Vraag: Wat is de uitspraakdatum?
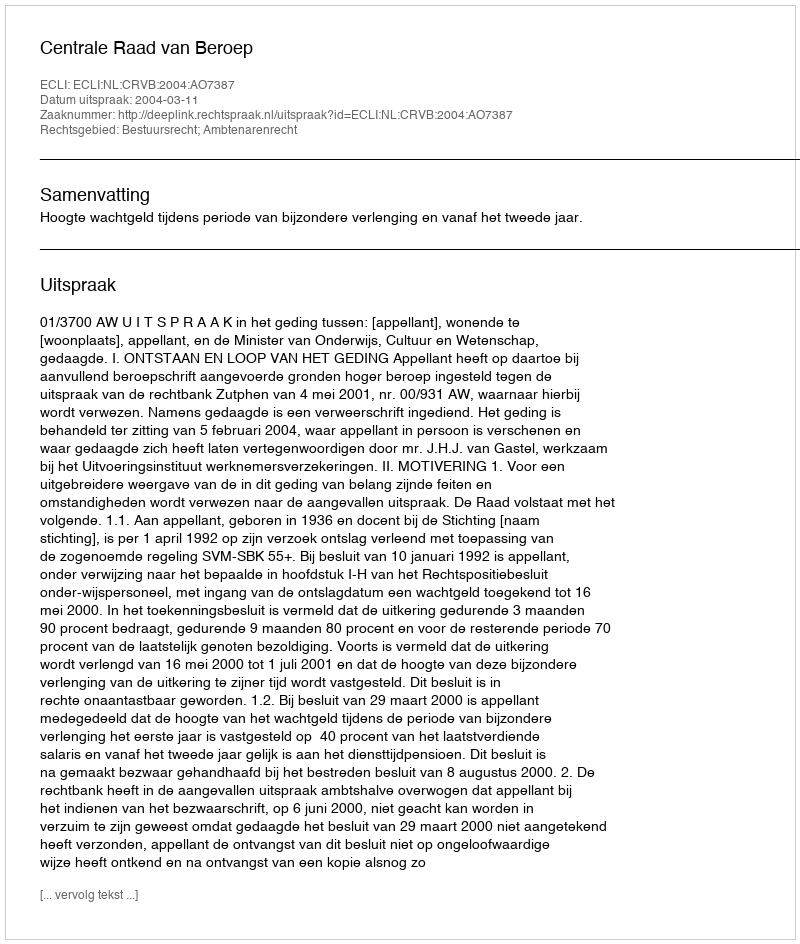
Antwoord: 2004-03-11